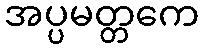
အပ္ပမတ္တကေ